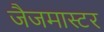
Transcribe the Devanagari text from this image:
जैजमास्टर